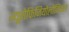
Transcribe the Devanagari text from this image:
न्यूरोफिजियोलौजिकल